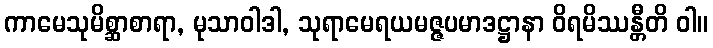
ကာမေသုမိစ္ဆာစာရာ, မုသာဝါဒါ, သုရာမေရယမဇ္ဇပမာဒဋ္ဌာနာ ဝိရမိဿန္တီတိ ဝါ။